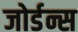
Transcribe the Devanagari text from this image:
जोर्डन्स